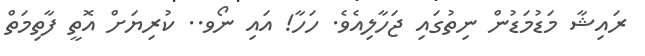
ރައިޝާ މަޑުމަޑުން ނިތުގައި ޖަހާލިއެވެ. ހަހާ! އައި ނޯވ.. ކުރިޔަށް އޮތީ ފާތިމަތް